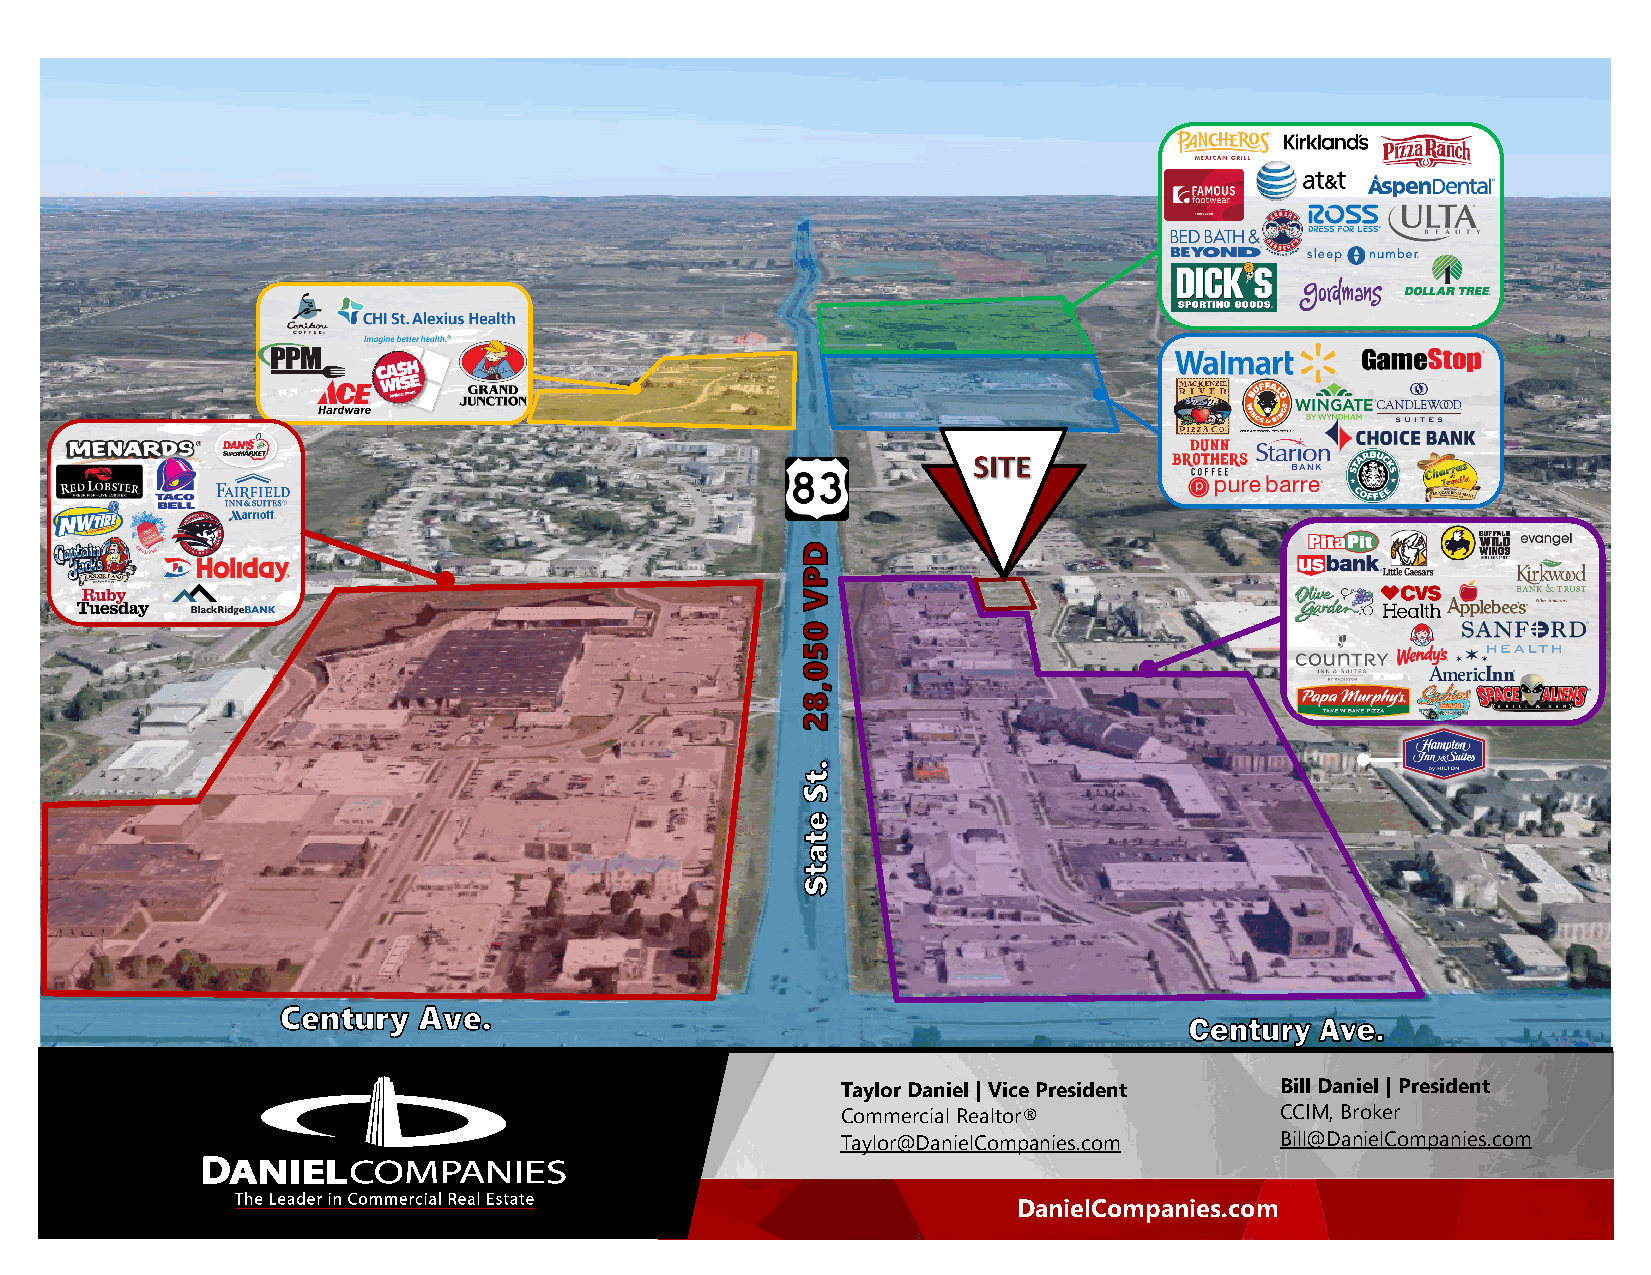
Taylor Daniel | Vice President Bill Daniel | President
 Commercial Realtor®          CCIM, Broker
 Taylor@DanielCompanies.com   Bill@DanielCompanies.com
 DanielCompanies.com